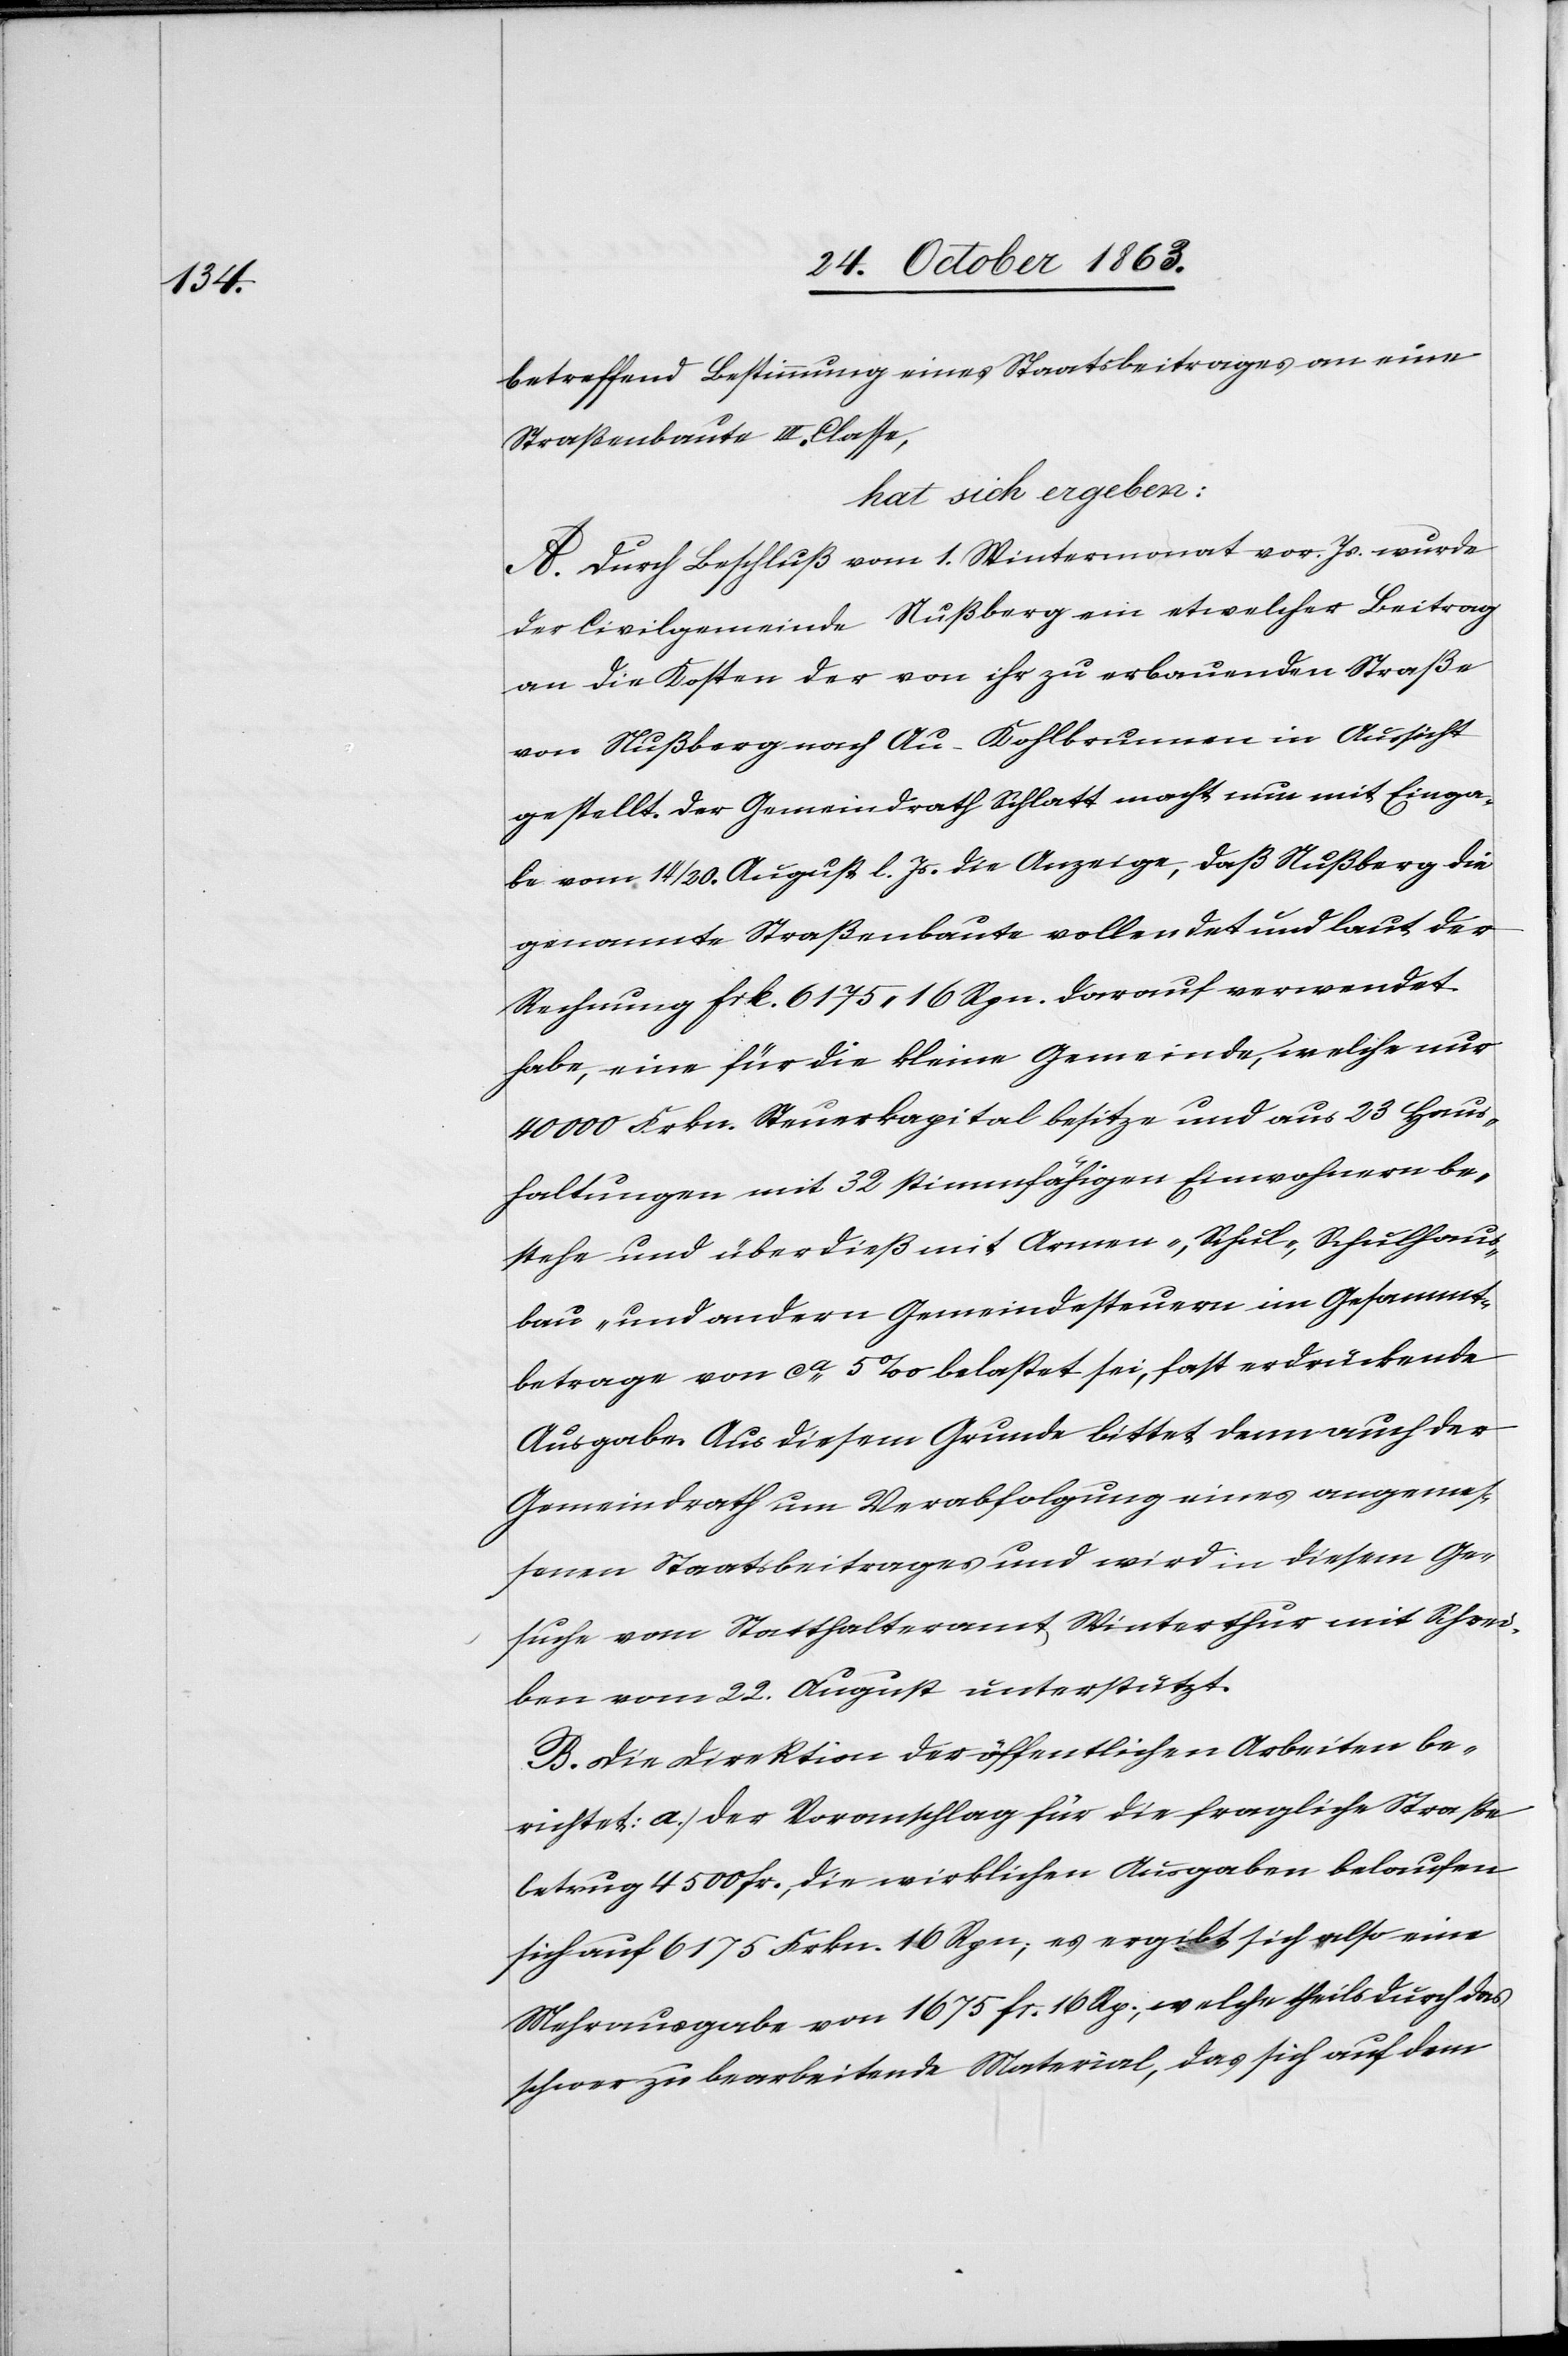
ichtet:

betreffend Bestimmung eines Staatsbeitrages an eine
Straßenbaute III. Classe,
hat sich ergeben:
A. Durch Beschluß vom 1. Wintermonat vor. Js. wurde
der Civilgemeinde Nußberg ein etwelcher Beitrag
an die Kosten der von ihr zu erbauenden Straße
von Nußberg nach Au-Kohlbrunnen in Aussicht
gestellt. Der Gemeindrath Schlatt macht nun mit Einga¬
be vom 14/20. August l. Js. die Anzeige, daß Nußberg die
genannte Straßenbaute vollendet und laut der
Rechnung frk. 6175. 16 Rpn. darauf verwendet
habe, eine für die kleine Gemeinde, welche nur
40 000 Frkn. Steuerkapital besitze und aus 23 Haus¬
haltungen mit 32 stimmfähigen Einwohnern be¬
stehe und überdieß mit Armen-, Schul-, Schulhaus¬
bau- und andern Gemeindesteuern im Gesammt¬
betrage von ca 5‰ belastet sei, fast erdrückende
Ausgabe. Aus diesem Grunde bittet denn auch der
Gemeindrath um Verabfolgung eines angemes¬
senen Staatsbeitrages und wird in diesem Ge¬
suche vom Statthalteramt Winterthur mit Schrei¬
ben vom 22. August unterstützt.
B. Die Direktion der öffentlichen Arbeiten ber¬
betrug 4500 Fr., die wirklichen Ausgaben belaufen
sich auf 6175 Frkn. 16 Rpn; es ergibt sich also eine
Mehrausgabe von 1675 fr. 16 Rp., welche theils durch das
schwer zu bearbeitende Material, das sich auf dem